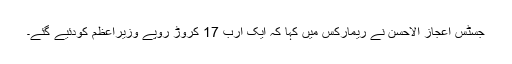
جسٹس اعجاز الاحسن نے ریمارکس میں کہا کہ ایک ارب 17 کروڑ روپے وزیراعظم کودئیے گئے۔